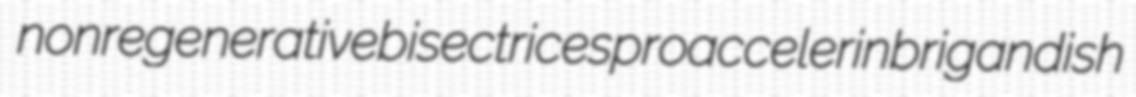
nonregenerative bisectrices proaccelerin brigandish